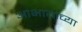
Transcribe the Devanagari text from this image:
आभायाच्या